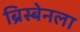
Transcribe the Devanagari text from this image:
ब्रिस्बेनला